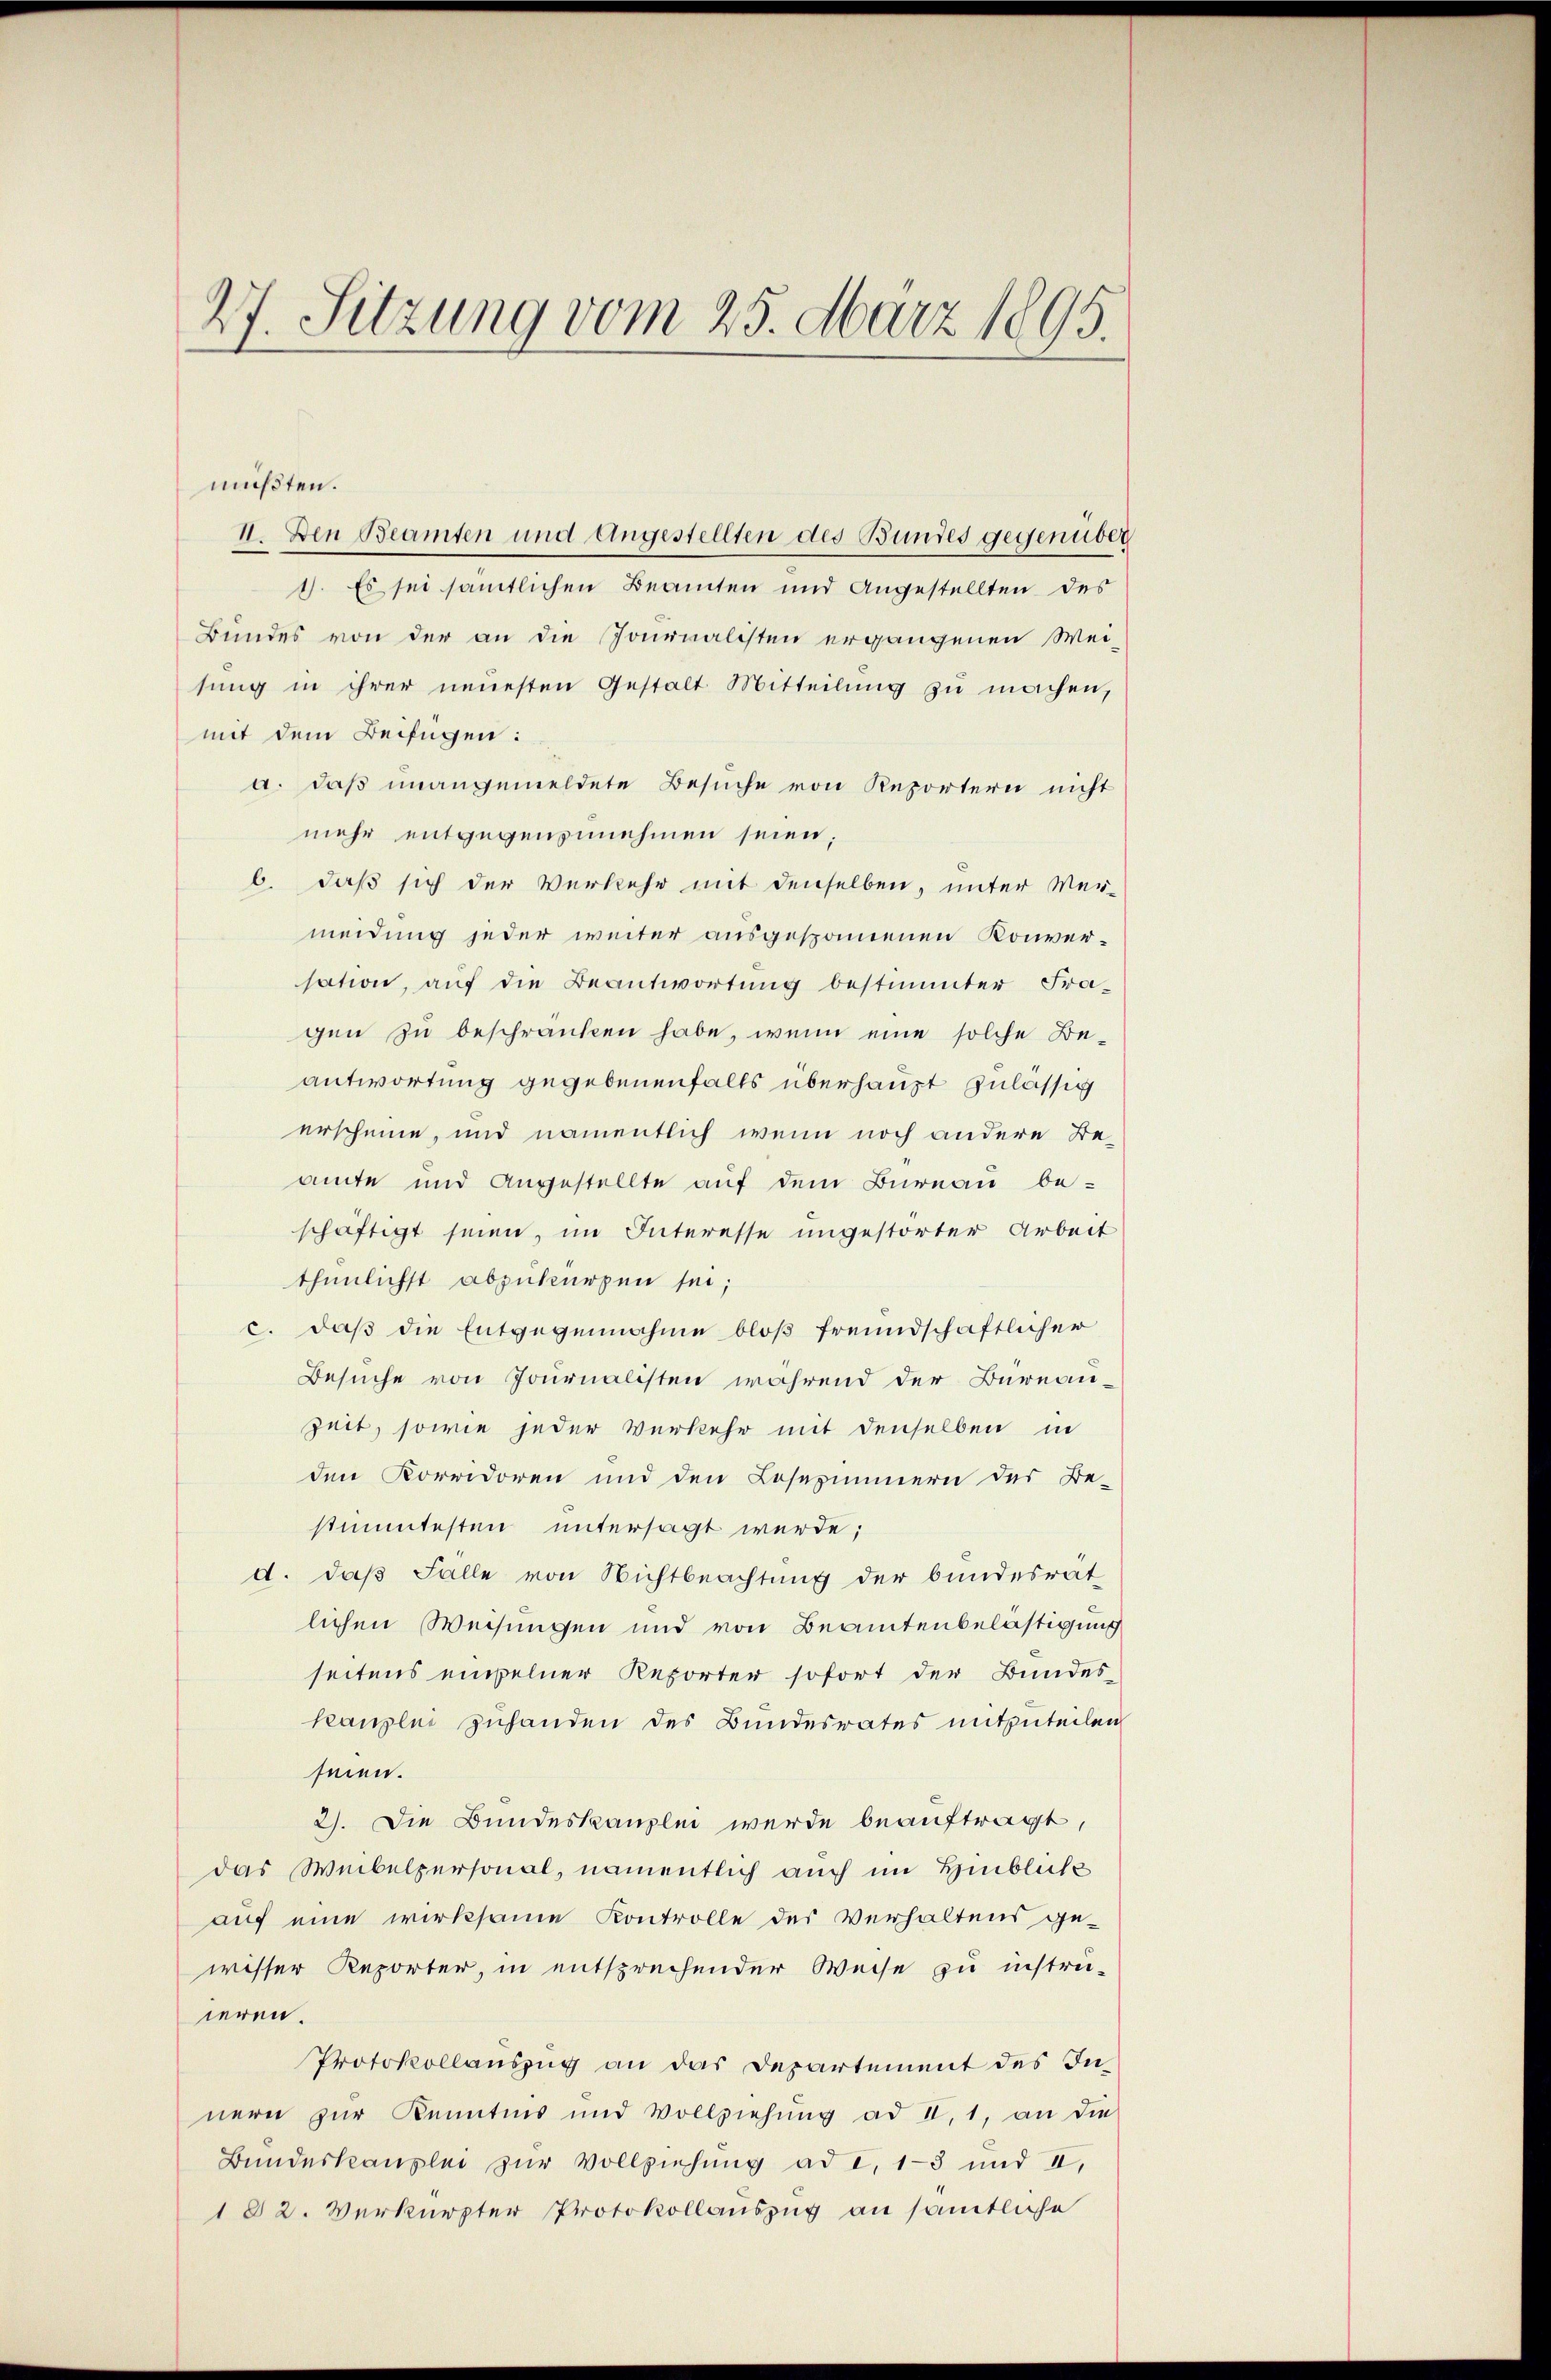
27. Sitzung vom 25. März 1895.

müßten.
II. Den Beamten und angestellten des Bundes gegenüber
1. Es sei sämtlichen Beamten und Angestellten des
Bundes von der an die Joninalisten ergangenen Wei-
sŭng in ihrer neuesten Gestalt Mitteilŭng zŭ machen,
mit dem Beifügen:
a. daß unangemeldete Besuche von Rezörtern nicht
mehr entgegenzunehmen seien;
b. daß sich der Verkehr mit denselben, unter Mei-
meidung jeder weiter ausgesponnenen Konversation, auf die Beantwortung bestimmter Fragen zu beschränken habe, wenn eine solche Beantwortung gegebenenfalls überhaupt zulässig
erscheine, und namentlich wenn noch andere Beamte und angestellte auf dem Bureau be-
schäftigt seien, im Interesse ungestörter Arbeit
thunlichst abzukürzen sei;
c. daβ die Entgegennahme bloß freundschaftlicher
Besuche von Journalisten während der Bureau-
zeit, sowie jeder Verkehr mit denselben in
den Korridoren und den Losezimmern des Be-
stimmtesten untersagt werde;
d. daß Fälle von Nichtbeachtung der bundesrät
lichen Weisungen und von Beamtenbelastigung
seitens einzelner Reporter sofort der Bundes-
kanzlei zuhanden des Bundesrates mitzuteilen
seien.
2). Die Bundeskanzlei werde beauftragt,
das Weibelpersonal, namentlich auch im Hinblicke
auf eine wirksame Kontrolle des Verhaltens ge-
wisser Reporter, in entsprechender Weise zu instru-
ieren.
Protokollauszug an das Departement des Innern zur Kenntnis und Vollziehung ad II, 1, an die
Bundeskanzlei zur Vollziehung ad I, 1-3 und II,
182. Verkürpter Protokollauszug an sämtliche